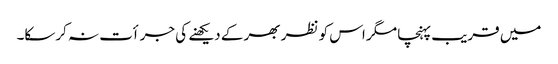
میں قریب پہنچا مگر اس کو نظر بھر کے دیکھنے کی جرأت نہ کرسکا۔